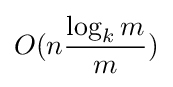
O(n{\frac {\log _{k}m}{m}})